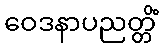
ဝေဒနာပညတ္တိံ